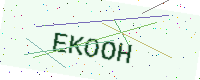
Text: EKOOH